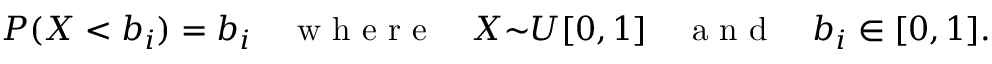
P ( X < b _ { i } ) = b _ { i } \quad \textrm { w h e r e } \quad X { \sim } U [ 0 , 1 ] \quad \textrm { a n d } \quad b _ { i } \in [ 0 , 1 ] .